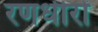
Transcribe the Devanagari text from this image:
रणधीरों